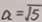
a = \sqrt { 5 }